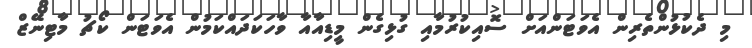
މި ދެކުޅުންތެރިން އެވަޓަންއަށް ސޮއިކުރުމާއި ގުޅިގެން މީޑިއާއާ ވާހަކަދައްކަމުން އެވަޓަން ކޯޗު މާޓިނޭޒް